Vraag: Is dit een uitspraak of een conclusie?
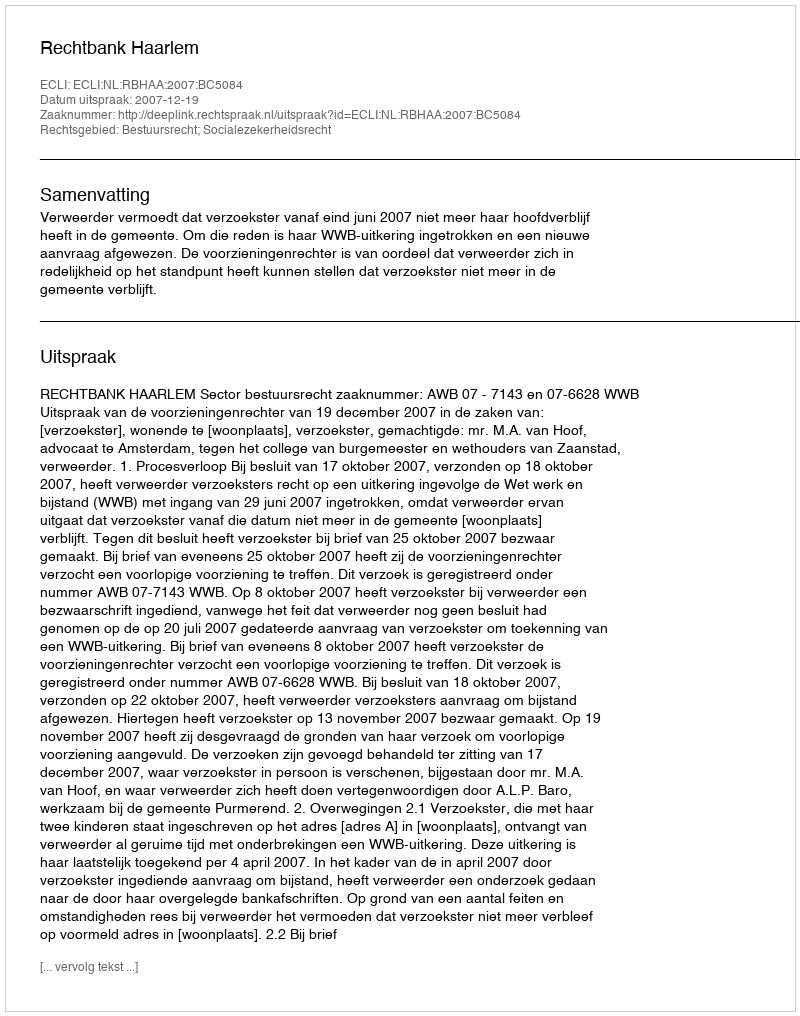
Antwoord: Uitspraak